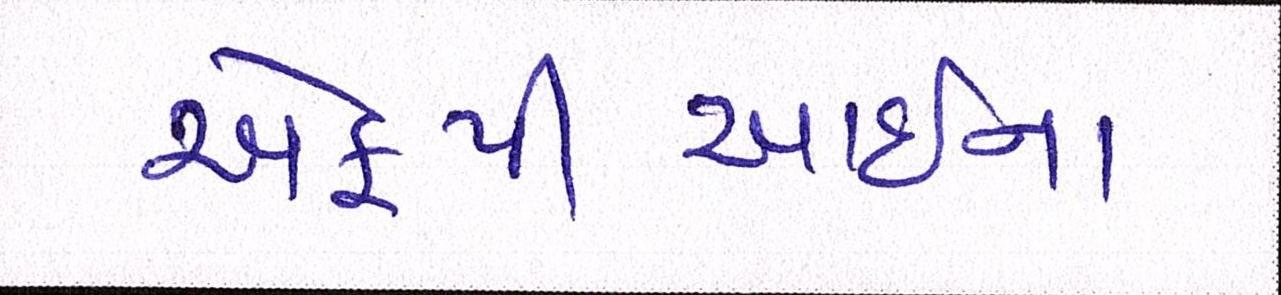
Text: એફપીઆઇના